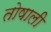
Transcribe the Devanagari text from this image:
तोषाली